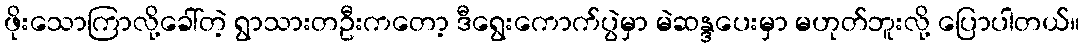
ဖိုးသောကြာလို့ခေါ်တဲ့ ရွာသားတဦးကတော့ ဒီရွေးကောက်ပွဲမှာ မဲဆန္ဒပေးမှာ မဟုတ်ဘူးလို့ ပြောပါတယ်။